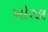
ખોરડા